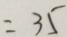
= 3 5